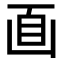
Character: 𠚑